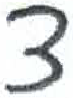
אות: צ